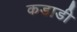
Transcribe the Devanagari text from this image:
कडाडी